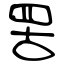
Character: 罟